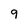
Character: 9